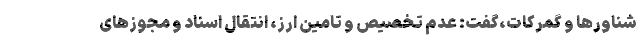
شناورها و گمرکات،گفت: عدم تخصیص و تامین ارز، انتقال اسناد و مجوزهای